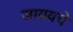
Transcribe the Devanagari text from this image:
जाययचे